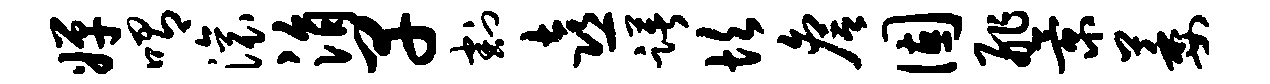
婵喟滚涓早割喜躇坎詹固舴景萎